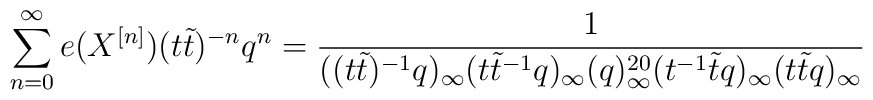
\sum_{n=0}^\infty e(X^{[n]})(t \tilde t)^{-n}q^n=\frac{1}{((t \tilde t)^{-1}q)_\infty(t \tilde t^{-1} q)_\infty(q)_\infty^{20}(t^{-1}\tilde t q)_\infty(t\tilde t q)_\infty}